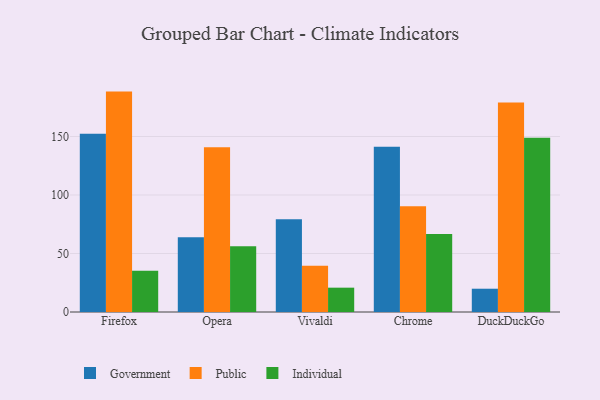
{"axis": {"x": "Browser", "y": "Backlog"}, "legend": ["Government", "Individual", "Public"], "data": [{"x": "Firefox", "y": 152.4, "type": "Government"}, {"x": "Firefox", "y": 188.4, "type": "Public"}, {"x": "Firefox", "y": 35.3, "type": "Individual"}, {"x": "Opera", "y": 63.9, "type": "Government"}, {"x": "Opera", "y": 140.9, "type": "Public"}, {"x": "Opera", "y": 56.3, "type": "Individual"}, {"x": "Vivaldi", "y": 79.3, "type": "Government"}, {"x": "Vivaldi", "y": 39.6, "type": "Public"}, {"x": "Vivaldi", "y": 20.8, "type": "Individual"}, {"x": "Chrome", "y": 141.2, "type": "Government"}, {"x": "Chrome", "y": 90.3, "type": "Public"}, {"x": "Chrome", "y": 66.7, "type": "Individual"}, {"x": "DuckDuckGo", "y": 19.9, "type": "Government"}, {"x": "DuckDuckGo", "y": 179.0, "type": "Public"}, {"x": "DuckDuckGo", "y": 148.9, "type": "Individual"}]}